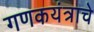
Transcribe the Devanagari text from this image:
गणकयंत्राचे